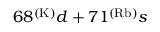
6 8 ^ { ( \mathrm { K ) } } d + 7 1 ^ { ( \mathrm { R b ) } } s